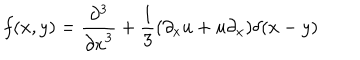
f ( x , y ) = { \frac { \partial ^ { 3 } } { { \partial x } ^ { 3 } } } + { \frac { 1 } { 3 } } ( \partial _ { x } u + u \partial _ { x } ) \delta ( x - y )